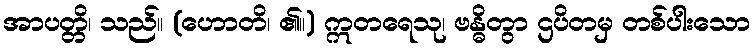
အာပတ္တိ၊ သည်။ (ဟောတိ၊ ၏။) ဣတရေသု၊ ဗန္ဓိတွာ ဌပိတမှ တစ်ပါးသော